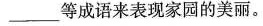
\underline等成语来表现家园的美丽。